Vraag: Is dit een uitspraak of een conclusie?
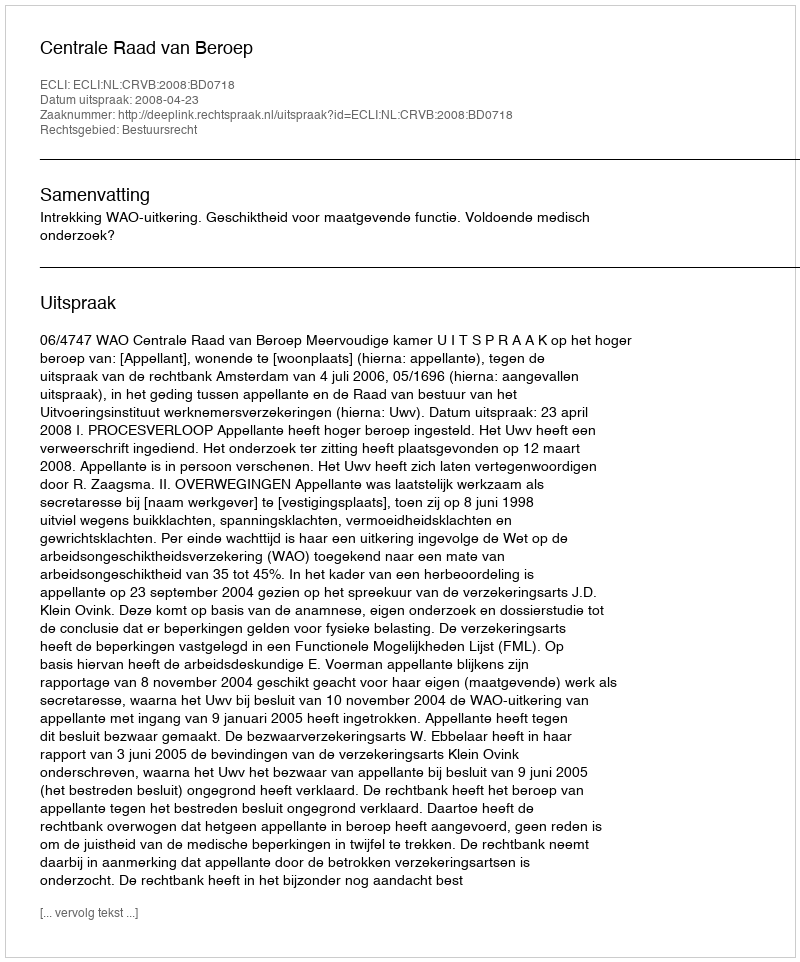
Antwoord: Uitspraak